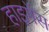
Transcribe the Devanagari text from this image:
हाइगेंस